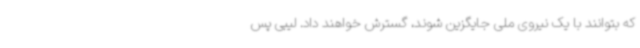
که بتوانند با یک نیروی ملی جایگزین شوند، گسترش خواهند داد. لیبی پس